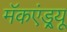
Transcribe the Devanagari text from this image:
मॅकएंड्र्यू